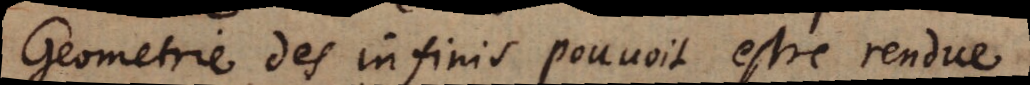
Geometrie des infinis pouvoit estre rendue